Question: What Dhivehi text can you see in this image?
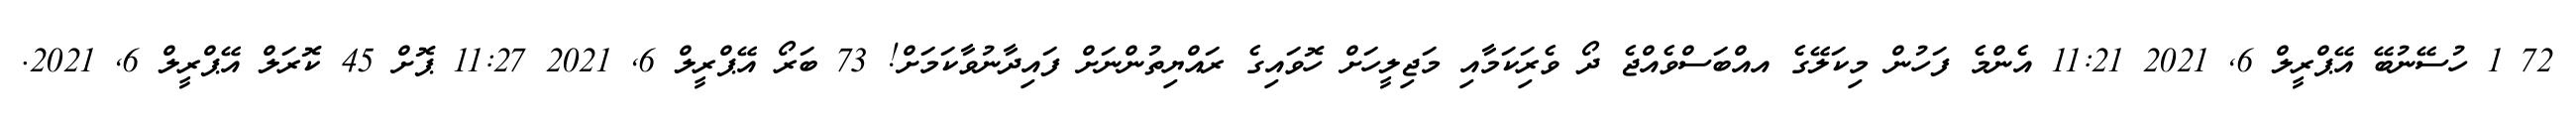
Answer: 72 1 ހުސޭނުބޭ އޭޕްރީލް 6, 2021 11:21 އެންމެ ފަހުން މިކަލޭގެ އއްބަސްވެއްޖެ ދޯ ވެރިަކަމާއި މަޖިލީހަށް ހޮވައިގެ ރައްޔިތުންނަށް ފައިދާނުވާކަމަށް! 73 ބަރޯ އޭޕްރީލް 6, 2021 11:27 ޕޮށް 45 ކޮރަލް އޭޕްރީލް 6, 2021.